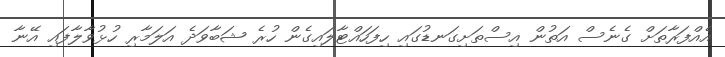
އެއްފަރާތަށް ގެނެސް އަތުން އިސްތަށިގަނޑުގައި ހިފަހައްޓާލައިގެން ހުރެ ޝަބާވަދެ އަލަމާރި ހުޅުވާލާފައި އޭނާ